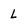
Character: l